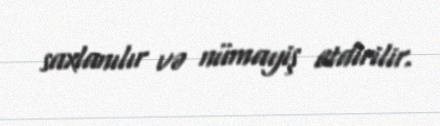
saxlanılır və nümayiş etdirilir.